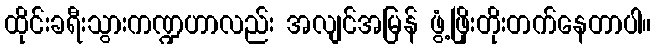
ထိုင်းခရီးသွားကဏ္ဍဟာလည်း အလျင်အမြန် ဖွံ့ဖြိုးတိုးတက်နေတာပါ။